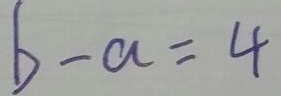
b - a = 4